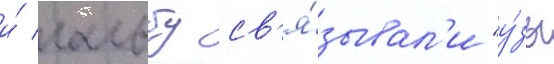
и́ гальбу св'я́зывал'и "у́зы